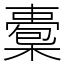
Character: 𣚇